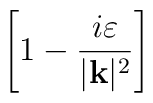
\left[ 1-\frac{i\varepsilon }{|\mathbf{k}|^{2}}\right]